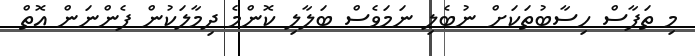
މި ތަފާސް ހިސާބުތަކަށް ނުބެލި ނަމަވެސް ބަލާލި ކޮންމެ ދިމާލަކުން ފެންނަން އޮތް